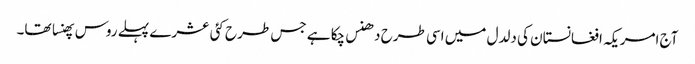
آج امریکہ افغانستان کی دلدل میں اسی طرح دھنس چکا ہے جس طرح کئی عشرے پہلے روس پھنسا تھا۔